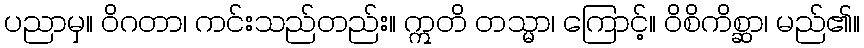
ပညာမှ။ ဝိဂတာ၊ ကင်းသည်တည်း။ ဣတိ တသ္မာ၊ ကြောင့်။ ဝိစိကိစ္ဆာ၊ မည်၏။